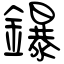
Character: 鑤